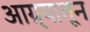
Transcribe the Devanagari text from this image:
आग्र्यातून